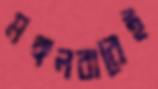
মঙ্গলবারেই